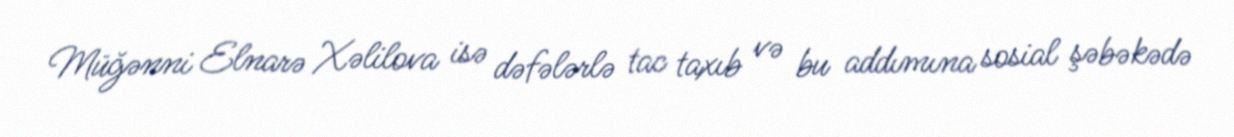
Müğənni Elnarə Xəlilova isə dəfələrlə tac taxıb və bu addımına sosial şəbəkədə